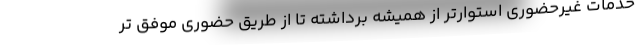
خدمات غیرحضوری استوارتر از همیشه برداشته تا از طریق حضوری موفق تر